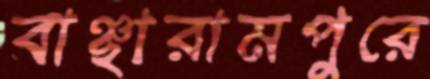
বাঞ্ছারামপুরে